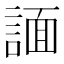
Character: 𧩤